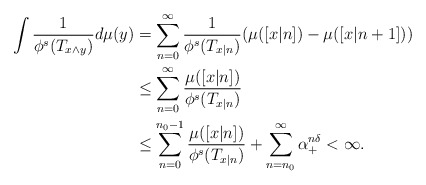
\begin{align*}\int \frac{1}{\phi^s(T_{x\wedge y})} d\mu(y)&=\sum_{n=0}^\infty \frac{1}{\phi^s(T_{x|n})}(\mu([x|n])-\mu([x|n+1]))\\&\leq \sum_{n=0}^\infty \frac{\mu([x|n])}{\phi^s(T_{x|n})}\\&\leq \sum_{n=0}^{n_0-1} \frac{\mu([x|n])}{\phi^s(T_{x|n})}+\sum_{n=n_0}^\infty\alpha_+^{n\delta}<\infty.\end{align*}